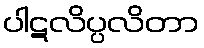
ပါဋလိပ္ပလိတာ